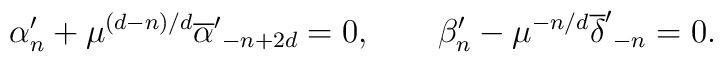
\alpha'_n + \mu^{(d-n)/d}{\overline \alpha'}_{-n+2d}=0,\qquad\beta'_n-\mu^{-n/d}{\overline \delta'}_{-n}=0.